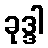
ခုဒ္ဒါ